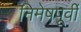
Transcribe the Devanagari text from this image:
निमेषपूर्वी